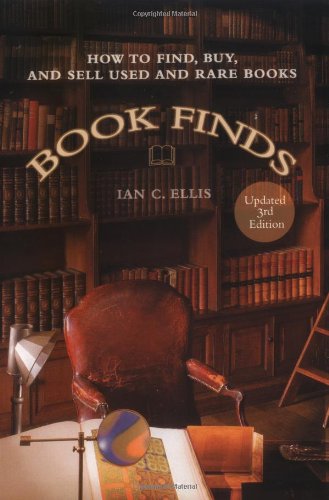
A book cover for Book Finds: How to Find, Buy, and Sell Used and Rare Books; Ian C. Ellis; Crafts, Hobbies & Home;